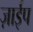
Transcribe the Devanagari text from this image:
ज़ाईप